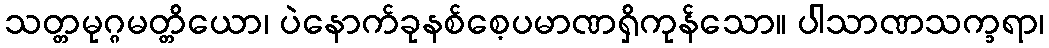
သတ္တမုဂ္ဂမတ္တိယော၊ ပဲနောက်ခုနစ်စေ့ပမာဏရှိကုန်သော။ ပါသာဏသက္ခရာ၊